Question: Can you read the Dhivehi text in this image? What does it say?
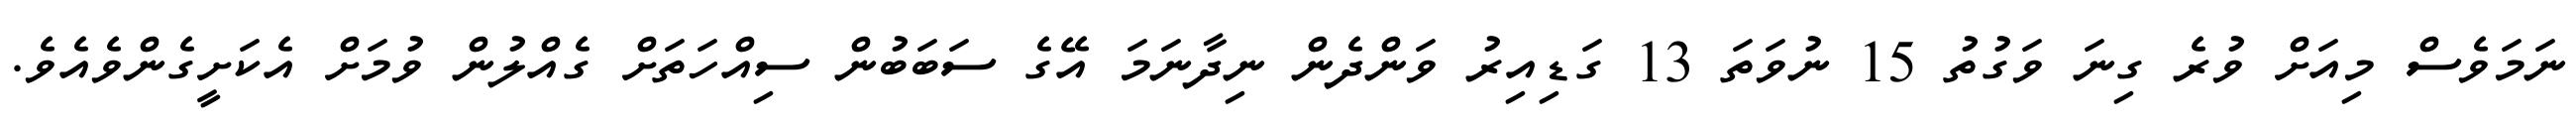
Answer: ނަމަވެސް މިއަށް ވުރެ ގިނަ ވަގުތު 15 ނުވަތަ 13 ގަޑިއިރު ވަންދެން ނިދާނަމަ އޭގެ ސަބަބުން ސިއްހަތަށް ގެއްލުން ވުމަށް އެކަށީގެންވެއެވެ.